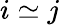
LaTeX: i\simeq j